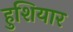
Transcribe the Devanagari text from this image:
हुशियार